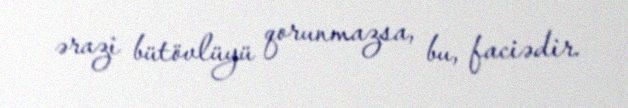
ərazi bütövlüyü qorunmazsa, bu, faciədir.